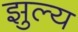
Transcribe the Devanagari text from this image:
झुल्य